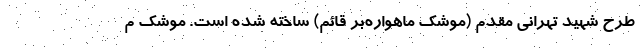
طرح شهید تهرانی مقدم (موشک ماهواره‌بر قائم) ساخته شده است. موشک م